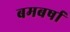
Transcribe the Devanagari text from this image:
बमबर्षा